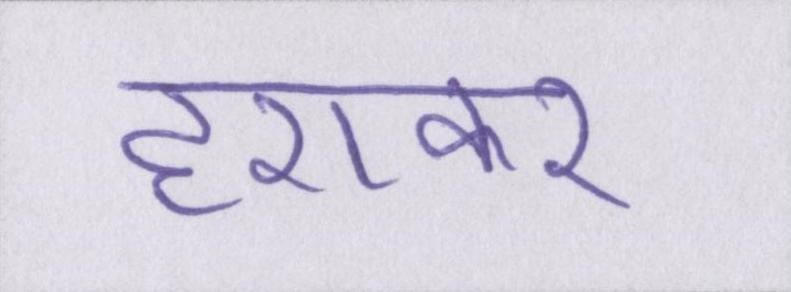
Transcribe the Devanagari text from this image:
हराकर